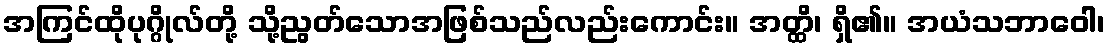
အကြင်ထိုပုဂ္ဂိုလ်တို့ သို့ညွတ်သောအဖြစ်သည်လည်းကောင်း။ အတ္ထိ၊ ရှိ၏။ အယံသဘာဝေါ၊